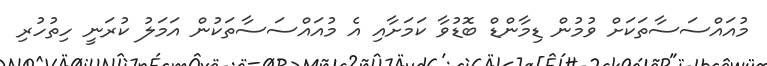
މުއައްސަސާތަކަށް ވުމުން ޑިމާންޑް ބޮޑުވާ ކަމަށާއި އެ މުއައްސަސާތަކުން އަމަލު ކުރަނީ ހިތުހުރި